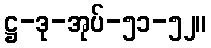
ဋ္ဌ-ဒု-အုပ်-၅၁-၅၂။